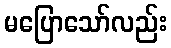
မပြောသော်လည်း